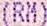
(RM)